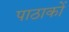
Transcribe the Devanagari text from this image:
पाठाकों